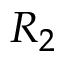
R _ { 2 }